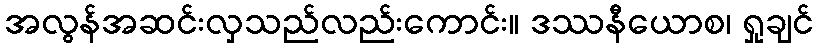
အလွန်အဆင်းလှသည်လည်းကောင်း။ ဒဿနီယောစ၊ ရှုချင်